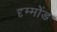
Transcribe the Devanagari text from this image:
दृम्मोंड